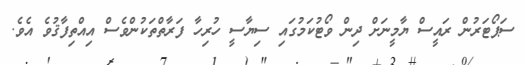
ސަޕޯޓަރުން ރައީސް ޔާމީނަށް ދިން ވޯޓުކަމުގައި ސިޔާސީ ހުރިހާ ފަރާތްތަކުންވެސް އިއްތިފާޤުވެ އެވެ.